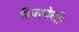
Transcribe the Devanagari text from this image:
रिवरबेटरी